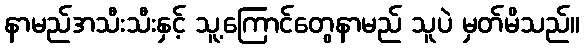
နာမည်အသီးသီးနှင့် သူ့ကြောင်တွေနာမည် သူပဲ မှတ်မိသည်။